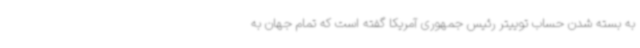
به بسته شدن حساب توییتر رئیس جمهوری آمریکا گفته است که تمام جهان به